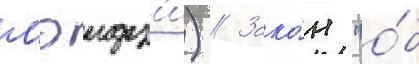
мэидз'и) // Зако́н "о́б